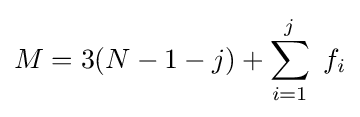
M=3(N-1-j)+\sum _{i=1}^{j}\ f_{i}